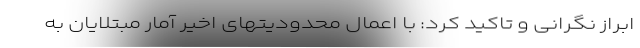
ابراز نگرانی و تاکید کرد: با اعمال محدودیتهای اخیر آمار مبتلایان به